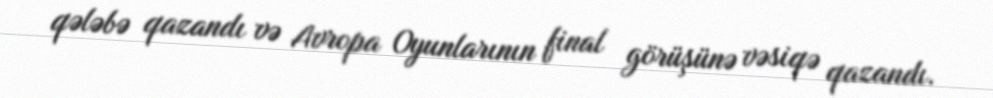
qələbə qazandı və Avropa Oyunlarının final görüşünə vəsiqə qazandı.